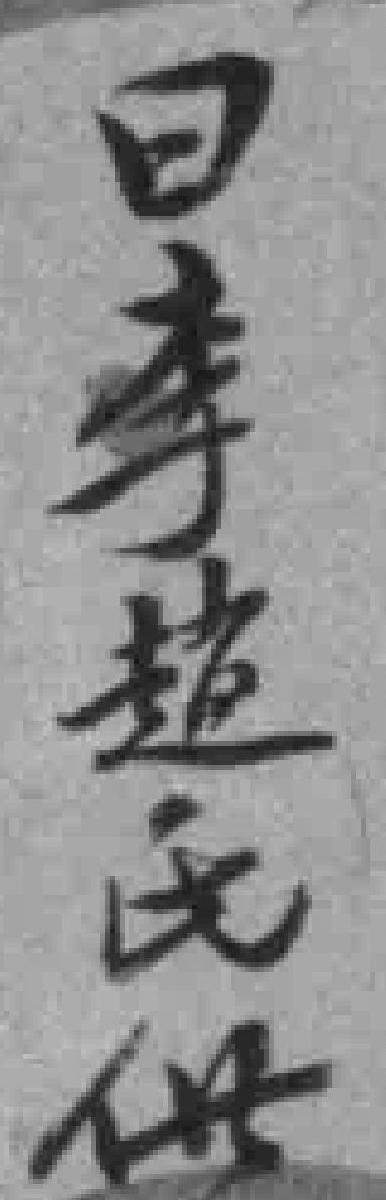
日李趙氏供